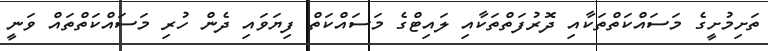
ތަށިމުށީގެ މަސައްކަތްތަކާއި ދޮރުފަތްތަކާއި ލައިޓްގެ މަސައްކަތް ފިޔަވައި ދެން ހުރި މަސައްކަތްތައް ވަނީ